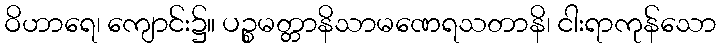
ဝိဟာရေ၊ ကျောင်း၌။ ပဉ္စမတ္တာနိသာမဏေရသတာနိ၊ ငါးရာကုန်သော